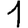
Digit: 1